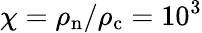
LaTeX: \chi=\rho_{\mathrm{n}}/\rho_{\mathrm{c}}=10^{3}